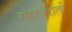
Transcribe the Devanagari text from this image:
महावेदांती